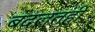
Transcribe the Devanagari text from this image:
बदलतही